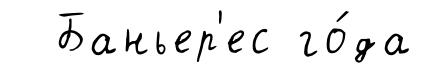
Баньер'ес го́да